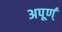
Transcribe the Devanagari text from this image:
अपूर्ण्